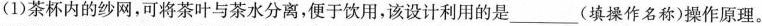
(1)茶杯内的纱网，可将茶叶与茶水分离，便于饮用，该设计利用的是___(填操作名称)操作原理。